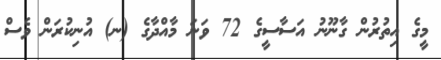
މީގެ އިތުރުން ގާނޫނު އަސާސީގެ 72 ވަނަ މާއްދާގެ (ނ) އުނިކުރަން ވެސް